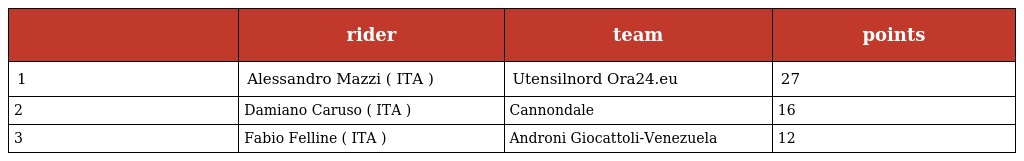
|  | rider | team | points |
 | --- | --- | --- | --- |
 | 1 | Alessandro Mazzi ( ITA ) | Utensilnord Ora24.eu | 27 |
 | 2 | Damiano Caruso ( ITA ) | Cannondale | 16 |
 | 3 | Fabio Felline ( ITA ) | Androni Giocattoli-Venezuela | 12 |